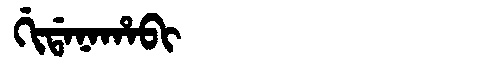
Manchu: ᡤᡳᡩᠠᠨᠠᡥᠠᠪᡳ
Romanization: GIDANAHABI